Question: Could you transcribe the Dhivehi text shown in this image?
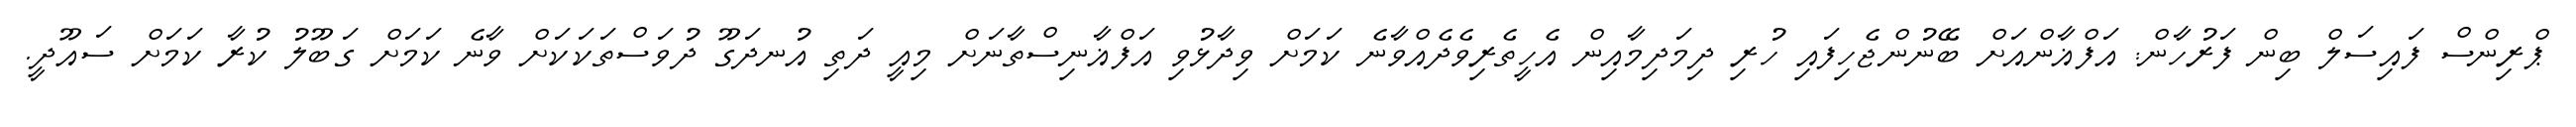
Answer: ޕްރިންސް ފައިސަލް ބިން ފަރުހާން: އަފްޣާންއަށް ބޭނުންޖެހިފައި ހުރި ދިމަދިމާއިން އެހީތެރިވެދެއްވާނެ ކަމަށް ވިދާޅުވި އަފްޣާނިސްތާނަށް މިއީ ދަތި އުނދަގޫ ދުވަސްތަކަކަށް ވާނެ ކަމަށް ގަބޫލު ކުރާ ކަމަށް ސައޫދީ.